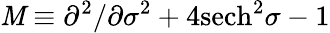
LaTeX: {\cal\mathit{M}}\equiv\partial^{2}/\partial\sigma^{2}+4\mathrm{{sech}}^{2}\sigma-1